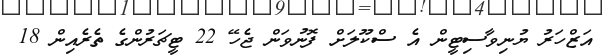
އަޒްހަރު ޔުނިވާސިޓީން އެ ސްކޫލަށް ފޮނުވަން ޖެހޭ 22 ޓީޗަރުންގެ ތެރެއިން 18